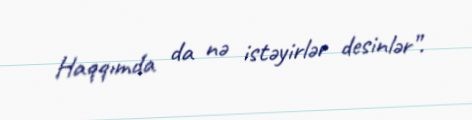
Haqqımda da nə istəyirlər desinlər”.